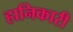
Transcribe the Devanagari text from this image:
हानिकारी